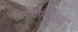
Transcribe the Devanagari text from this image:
किङ्किणीमञ्जुलं